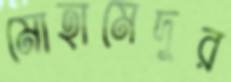
মোহামেদুর